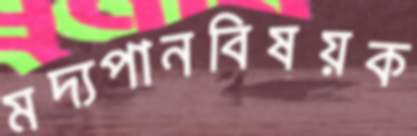
মদ্যপানবিষয়ক